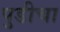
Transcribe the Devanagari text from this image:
पुडीचा